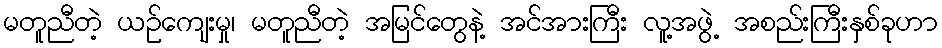
မတူညီတဲ့ ယဉ်ကျေးမှု၊ မတူညီတဲ့ အမြင်တွေနဲ့ အင်အားကြီး လူ့အဖွဲ့ အစည်းကြီးနှစ်ခုဟာ